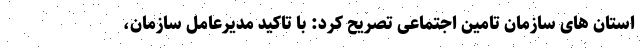
استان های سازمان تامین اجتماعی تصریح کرد: با تاکید مدیرعامل سازمان،